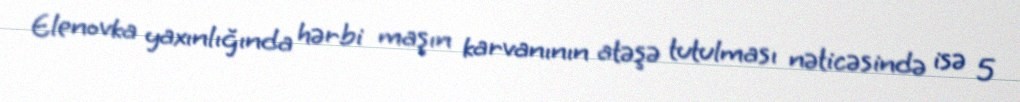
Elenovka yaxınlığında hərbi maşın karvanının atəşə tutulması nəticəsində isə 5